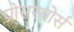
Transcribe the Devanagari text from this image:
प्रोसस्सोर्स